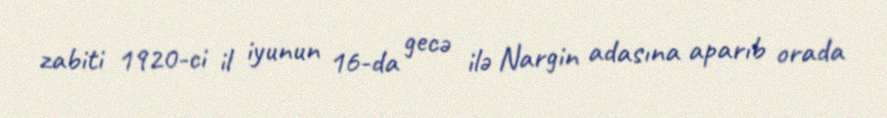
zabiti 1920-ci il iyunun 16-da gecə ilə Nargin adasına aparıb orada